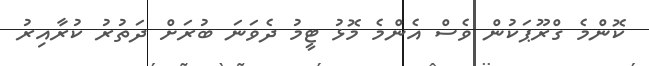
ކޮންމެ ގްރޫޕަކުން ވެސް އެންމެ މޮޅު ޓީމު ދެވަނަ ބުރަށް ދަތުރު ކުރާއިރު